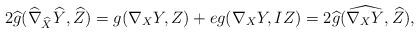
LaTeX: \begin{align*}2\widehat{g}(\widehat{\nabla}_{\widehat{X}}\widehat{Y},\widehat{Z})=g(\nabla_XY,Z)+eg(\nabla_XY,IZ)=2\widehat{g}(\widehat{\nabla_{X}Y},\widehat{Z}),\end{align*}